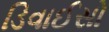
ડિવાઈસો